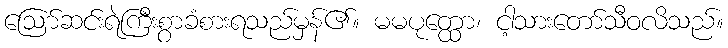
ဩော်ဆင်းရဲကြီးစွာခံစားရသည်မှန်၏။ မမပုတ္ထော၊ ငါ့သားတော်သီဝလိသည်။